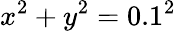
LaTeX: x^{2}+y^{2}=0.1^{2}